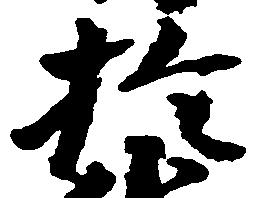
於